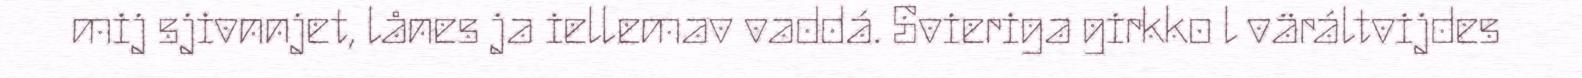
mij sjivnnjet, lånes ja iellemav vaddá. Svieriga girkko l väráltvijdes